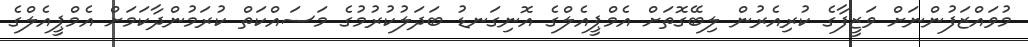
މުވައްޒަފުންނަށް ވަޒީފާގެ ކުރިއެރުން ލިބޭގޮތަށް އެމްޕީއެލްގެ އޮނިގަނޑު ބަދަލުކުރުމުގެ މަސައްކަތް ކުރަމުންދާކަމަށް އެމްޕީއެލްގެ